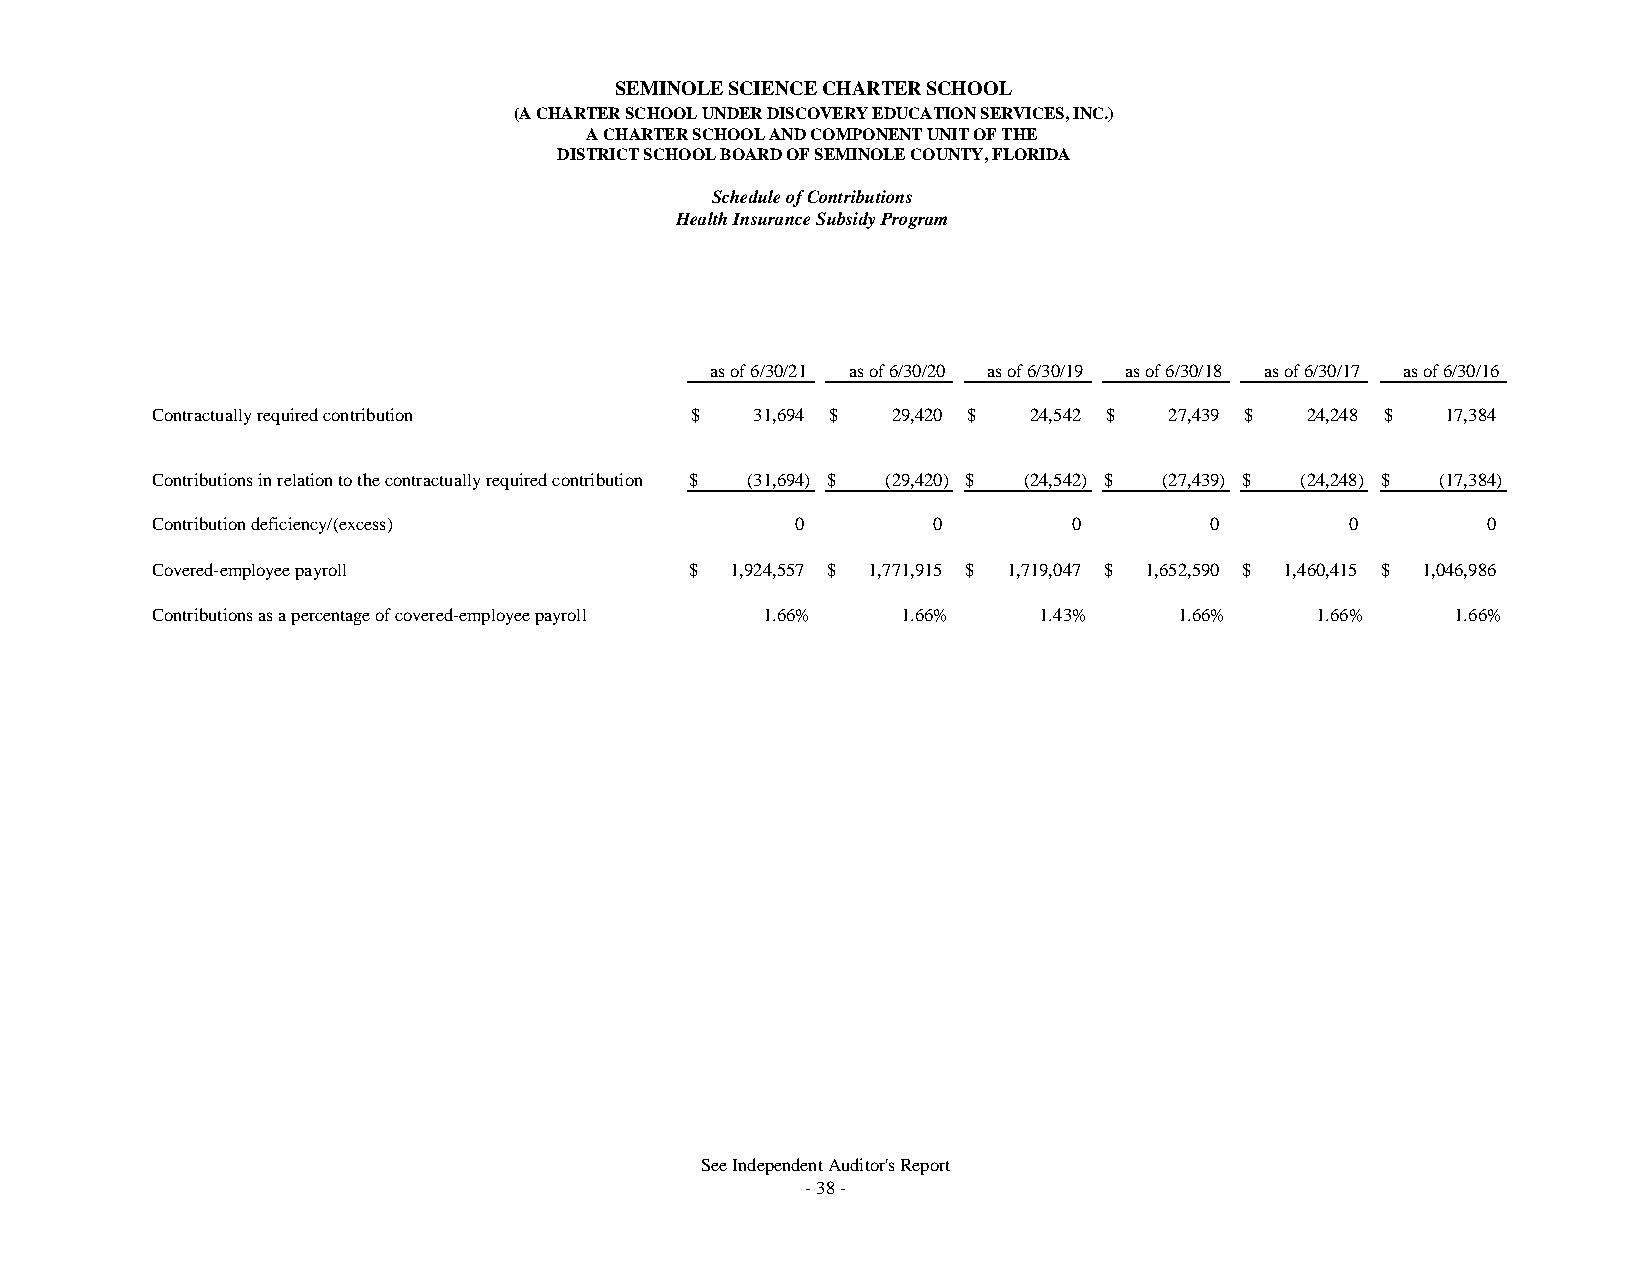
SEMINOLE SCIENCE CHARTER SCHOOL
 (A CHARTER SCHOOL UNDER DISCOVERY EDUCATION SERVICES, INC.)
 A CHARTER SCHOOL AND COMPONENT UNIT OF THE
 DISTRICT SCHOOL BOARD OF SEMINOLE COUNTY, FLORIDA
 Schedule of Contributions
 Health Insurance Subsidy Program
 as of 6/30/21 as of 6/30/20 as of 6/30/19 as of 6/30/18 as of 6/30/17 as of 6/30/16
 Contractually required contribution $   3 1,694 $ 2 9,420 $ 2 4,542 $ 2 7,439 $ 2 4,248 $ 17,384
 Contributions in relation to the contractually required contribution $ (31,694) $ (29,420) $ (24,542) $ (27,439) $ (24,248) $ (17,384)
 Contribution deficiency/(excess)           0        0        0        0        0        0
 Covered-employee payroll            $ 1,924,557 $ 1,771,915 $ 1,719,047 $ 1,652,590 $ 1,460,415 $ 1,046,986
 Contributions as a percentage of covered-employee payroll 1.66% 1.66% 1.43% 1.66% 1.66% 1.66%
 See Independent Auditor's Report
 - 38 -